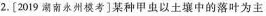
2.[2019南永州模考]某种甲虫以土壤中的落叶为主